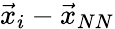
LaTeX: \vec{x}_{i}-\vec{x}_{NN}